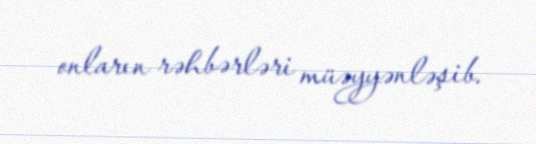
onların rəhbərləri müəyyənləşib.